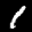
Label: 1